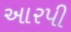
આરપી